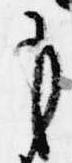
も